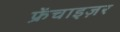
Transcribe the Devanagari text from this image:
फ्रेंचाइज़र